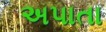
અપાતા